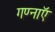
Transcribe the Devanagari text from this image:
गण्नाऍ